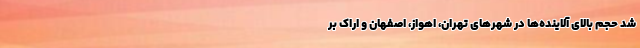
شد حجم بالای آلاینده‌ها در شهرهای تهران، اهواز، اصفهان و اراک بر